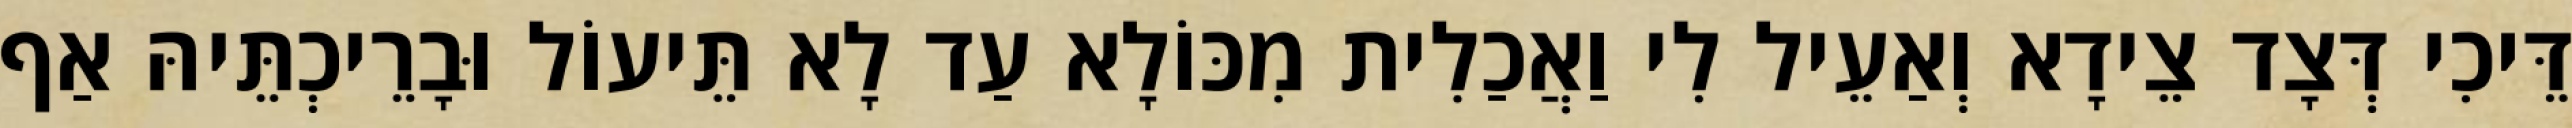
דֵּיכִי דְּצָד צֵידָא וְאַעֵיל לִי וַאֲכַלִית מִכּוֹלָא עַד לָא תֵּיעוֹל וּבָרֵיכְתֵּיהּ אַף